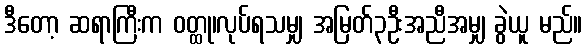
ဒီတော့ ဆရာကြီးက ဝတ္ထု၊လုပ်ရသမျှ အမြတ်၃ဦးအညီအမျှ ခွဲယူ မည်။